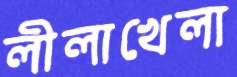
লীলাখেলা